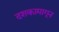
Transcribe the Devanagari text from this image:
दशकामागून